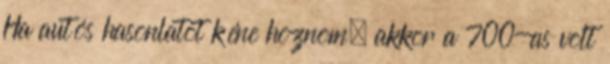
Ha autós hasonlatot kéne hoznom, akkor a 700-as volt